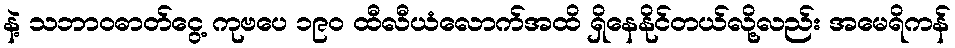
နဲ့ သဘာဝဓာတ်ငွေ့ ကုဗပေ ၁၉၀ ထီလီယံလောက်အထိ ရှိနေနိုင်တယ်လို့လည်း အမေရိကန်